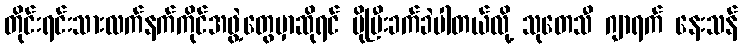
တိုင်းရင်းသားလက်နက်ကိုင်အဖွဲ့တွေမှာဆိုရင် ပိုပြီးခက်ခဲပါတယ်လို့ သုတေသီ ဂျာရက် နေးသန်